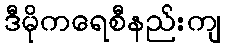
ဒီမိုကရေစီနည်းကျ